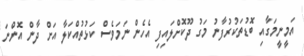
އަމީނީމަގާއި ބޮޑުތަކުރުފާނު މަގު ދޫކޮށްލައިފި އެހެން ނަމަވެސް ކަޅުތުއްކަލާ އަށް ދާން އޮންނަ